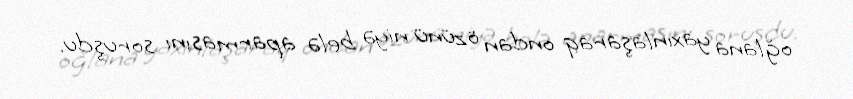
oğlana yaxınlaşaraq ondan özünü niyə belə aparmasını soruşdu.